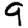
Digit: 9